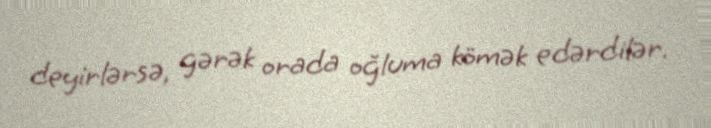
deyirlərsə, gərək orada oğluma kömək edərdilər.